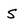
Character: S